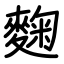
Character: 麴